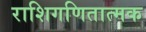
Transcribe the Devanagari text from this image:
राशिगणितात्मक